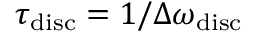
\tau _ { \mathrm { d i s c } } = 1 / \Delta \omega _ { \mathrm { d i s c } }